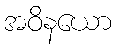
အဝိနယော